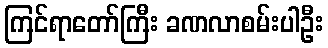
ကြင်ရာတော်ကြီး ခဏလာစမ်းပါဦး